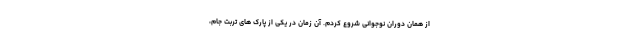
از همان دوران نوجوانی شروع کردم. آن زمان در یکی از پارک های تربت جام،